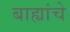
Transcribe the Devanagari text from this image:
बाह्यांचे